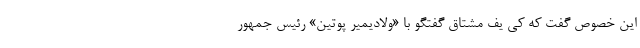
این خصوص گفت که کی یف مشتاق گفتگو با «ولادیمیر پوتین» رئیس‌ جمهور